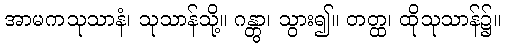
အာမကသုသာနံ၊ သုသာန်သို့။ ဂန္တွာ၊ သွား၍။ တတ္ထ၊ ထိုသုသာန်၌။